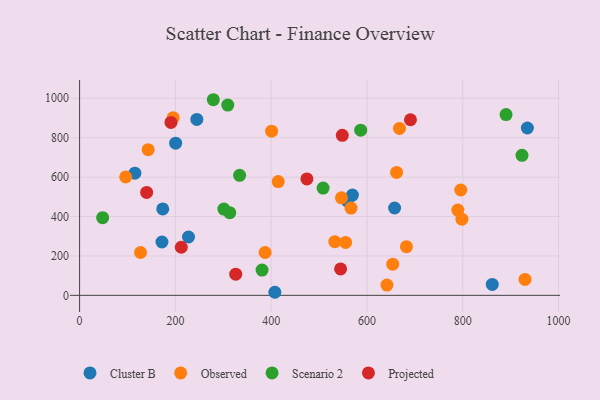
{"axis": {"x": "Engine Size", "y": "Fuel Efficiency"}, "legend": ["Cluster B", "Observed", "Projected", "Scenario 2"], "data": [{"x": "407.7", "y": 15.6, "type": "Cluster B"}, {"x": "657.7", "y": 443.2, "type": "Cluster B"}, {"x": "115.4", "y": 620.2, "type": "Cluster B"}, {"x": "861.6", "y": 55.6, "type": "Cluster B"}, {"x": "558.9", "y": 479.8, "type": "Cluster B"}, {"x": "244.8", "y": 892.7, "type": "Cluster B"}, {"x": "934.9", "y": 849.3, "type": "Cluster B"}, {"x": "200.5", "y": 772.3, "type": "Cluster B"}, {"x": "172.0", "y": 270.8, "type": "Cluster B"}, {"x": "569.6", "y": 508.6, "type": "Cluster B"}, {"x": "173.6", "y": 438.4, "type": "Cluster B"}, {"x": "227.4", "y": 296.2, "type": "Cluster B"}, {"x": "789.7", "y": 432.6, "type": "Observed"}, {"x": "682.4", "y": 246.8, "type": "Observed"}, {"x": "798.2", "y": 386.4, "type": "Observed"}, {"x": "566.7", "y": 442.9, "type": "Observed"}, {"x": "795.8", "y": 534.7, "type": "Observed"}, {"x": "555.4", "y": 268.7, "type": "Observed"}, {"x": "143.2", "y": 739.2, "type": "Observed"}, {"x": "414.7", "y": 577.5, "type": "Observed"}, {"x": "96.3", "y": 601.1, "type": "Observed"}, {"x": "653.8", "y": 158.0, "type": "Observed"}, {"x": "641.7", "y": 52.1, "type": "Observed"}, {"x": "532.8", "y": 272.5, "type": "Observed"}, {"x": "127.2", "y": 217.5, "type": "Observed"}, {"x": "667.9", "y": 847.3, "type": "Observed"}, {"x": "546.8", "y": 495.1, "type": "Observed"}, {"x": "930.0", "y": 80.7, "type": "Observed"}, {"x": "400.9", "y": 833.1, "type": "Observed"}, {"x": "661.8", "y": 623.8, "type": "Observed"}, {"x": "387.3", "y": 217.5, "type": "Observed"}, {"x": "195.4", "y": 901.8, "type": "Observed"}, {"x": "301.2", "y": 437.9, "type": "Scenario 2"}, {"x": "381.0", "y": 128.4, "type": "Scenario 2"}, {"x": "48.1", "y": 394.0, "type": "Scenario 2"}, {"x": "313.5", "y": 419.3, "type": "Scenario 2"}, {"x": "508.4", "y": 544.5, "type": "Scenario 2"}, {"x": "923.7", "y": 710.8, "type": "Scenario 2"}, {"x": "279.2", "y": 992.7, "type": "Scenario 2"}, {"x": "586.9", "y": 838.1, "type": "Scenario 2"}, {"x": "334.1", "y": 608.9, "type": "Scenario 2"}, {"x": "890.4", "y": 917.5, "type": "Scenario 2"}, {"x": "309.4", "y": 965.5, "type": "Scenario 2"}, {"x": "474.6", "y": 590.7, "type": "Projected"}, {"x": "140.0", "y": 522.3, "type": "Projected"}, {"x": "212.3", "y": 244.0, "type": "Projected"}, {"x": "326.0", "y": 107.6, "type": "Projected"}, {"x": "190.8", "y": 877.4, "type": "Projected"}, {"x": "548.5", "y": 812.2, "type": "Projected"}, {"x": "690.8", "y": 891.1, "type": "Projected"}, {"x": "544.9", "y": 134.1, "type": "Projected"}]}